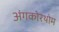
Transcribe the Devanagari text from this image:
अंगकोरथोम